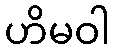
ဟိမဝါ